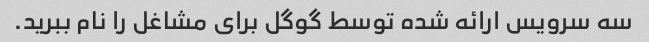
سه سرویس ارائه شده توسط گوگل برای مشاغل را نام ببرید.